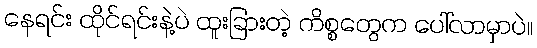
နေရင်း ထိုင်ရင်းနဲ့ပဲ ထူးခြားတဲ့ ကိစ္စတွေက ပေါ်လာမှာပဲ။